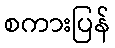
စကားပြန်